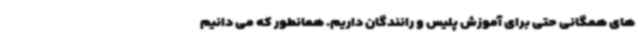
های همگانی حتی برای آموزش پلیس و رانندگان داریم. همانطور که می دانیم